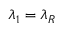
\lambda _ { 1 } = \lambda _ { R }